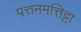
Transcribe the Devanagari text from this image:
पत्तनमत्तिट्टा